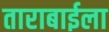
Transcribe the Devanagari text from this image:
ताराबाईला